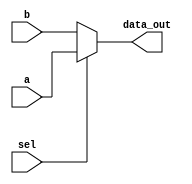
module mux2x1
(
    input [63:0] a,b,
    input sel ,
    output [63:0] data_out
);

assign data_out = sel ? a : b; //select b or a based on the sel bit

endmodule